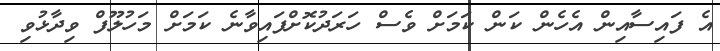
އެ ފައިސާއިން އެހެން ކަން ކަމަށް ވެސް ހަރަދުކޮށްފައިވާނެ ކަމަށް މަހުލޫފް ވިދާޅުވި